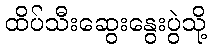
ထိပ်သီးဆွေးနွေးပွဲသို့